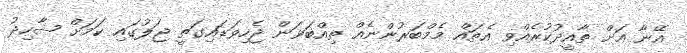
އޭނާ އަށް ތާއީދުކުރެއްވި އެތައް މެމްބަރުންނެއް ތިއްބަވަން ޖެހިވަޑައިގަތީ ޖަލުގައި ކަމަށް ޝާހިދު